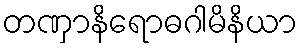
တဏှာနိရောဓဂါမိနိယာ